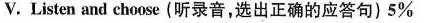
V. Listen and choose(听录音,选出正确的应答句)5%